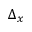
\Delta _ { x }